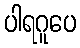
ပါရဂူပေ